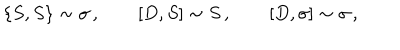
\{ S , S \} \sim \sigma \, , \qquad [ D , S ] \sim S \, , \qquad [ D , \sigma ] \sim \sigma \, ,